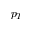
p _ { T }